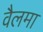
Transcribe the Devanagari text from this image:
वैलमा